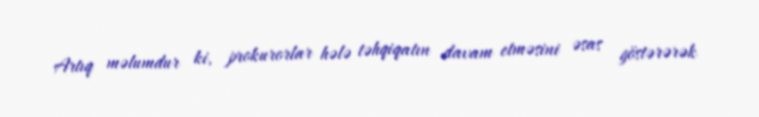
Artıq məlumdur ki, prokurorlar hələ təhqiqatın davam etməsini əsas göstərərək